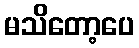
မသိတော့ပေ